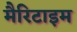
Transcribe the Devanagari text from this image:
मैरिटाइम